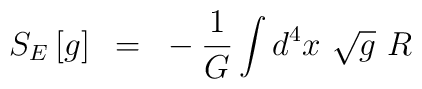
S_{E} \left[g\right]~=~-{1 \over G} \int d^4x~\sqrt g~R